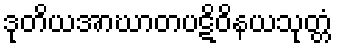
ဒုတိယအာဃာတပဋိဝိနယသုတ္တံ